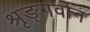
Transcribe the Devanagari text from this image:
श्रृङ्गवान